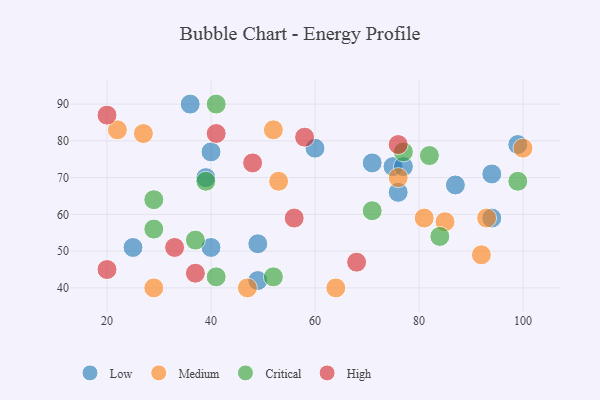
{"axis": {"x": "GDP", "y": "Life Expectancy"}, "legend": ["Critical", "High", "Low", "Medium"], "data": [{"x": "25", "y": 51, "type": "Low"}, {"x": "36", "y": 90, "type": "Low"}, {"x": "71", "y": 74, "type": "Low"}, {"x": "40", "y": 77, "type": "Low"}, {"x": "76", "y": 66, "type": "Low"}, {"x": "75", "y": 73, "type": "Low"}, {"x": "99", "y": 79, "type": "Low"}, {"x": "60", "y": 78, "type": "Low"}, {"x": "94", "y": 59, "type": "Low"}, {"x": "39", "y": 70, "type": "Low"}, {"x": "87", "y": 68, "type": "Low"}, {"x": "40", "y": 51, "type": "Low"}, {"x": "77", "y": 73, "type": "Low"}, {"x": "49", "y": 42, "type": "Low"}, {"x": "49", "y": 52, "type": "Low"}, {"x": "94", "y": 71, "type": "Low"}, {"x": "27", "y": 82, "type": "Medium"}, {"x": "47", "y": 40, "type": "Medium"}, {"x": "100", "y": 78, "type": "Medium"}, {"x": "93", "y": 59, "type": "Medium"}, {"x": "76", "y": 70, "type": "Medium"}, {"x": "22", "y": 83, "type": "Medium"}, {"x": "85", "y": 58, "type": "Medium"}, {"x": "81", "y": 59, "type": "Medium"}, {"x": "64", "y": 40, "type": "Medium"}, {"x": "52", "y": 83, "type": "Medium"}, {"x": "92", "y": 49, "type": "Medium"}, {"x": "29", "y": 40, "type": "Medium"}, {"x": "53", "y": 69, "type": "Medium"}, {"x": "37", "y": 53, "type": "Critical"}, {"x": "52", "y": 43, "type": "Critical"}, {"x": "41", "y": 43, "type": "Critical"}, {"x": "99", "y": 69, "type": "Critical"}, {"x": "29", "y": 56, "type": "Critical"}, {"x": "29", "y": 64, "type": "Critical"}, {"x": "84", "y": 54, "type": "Critical"}, {"x": "71", "y": 61, "type": "Critical"}, {"x": "82", "y": 76, "type": "Critical"}, {"x": "41", "y": 90, "type": "Critical"}, {"x": "39", "y": 69, "type": "Critical"}, {"x": "77", "y": 77, "type": "Critical"}, {"x": "68", "y": 47, "type": "High"}, {"x": "48", "y": 74, "type": "High"}, {"x": "20", "y": 45, "type": "High"}, {"x": "58", "y": 81, "type": "High"}, {"x": "33", "y": 51, "type": "High"}, {"x": "37", "y": 44, "type": "High"}, {"x": "76", "y": 79, "type": "High"}, {"x": "41", "y": 82, "type": "High"}, {"x": "56", "y": 59, "type": "High"}, {"x": "20", "y": 87, "type": "High"}]}